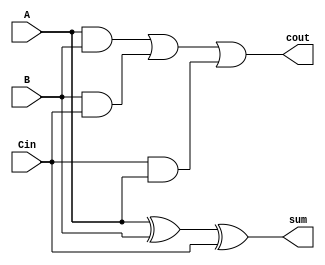
`timescale 1ns / 1ps
//////////////////////////////////////////////////////////////////////////////////
// Company: 
// Engineer: 
// 
// Design Name: 
// Module Name:    FADDER 
// Project Name: 
// Target Devices: 
// Tool versions: 
// Description: 
//
// Dependencies: 
//
// Revision: 
// Revision 0.01 - File Created
// Additional Comments: 
//
//////////////////////////////////////////////////////////////////////////////////
module FADDER(
    input A,B,Cin,
    output sum , cout
    );
	 /*wire n0, n1, n2;
	 and and0(n0, A, B);
	 and and1(n1, B, Cin);
	 and and2(n2, Cin, A);
	 
	 wire y0;
	 or or0(y0, n0, n1);
	 or or1(cout, y0, n2);
	 
	 xor X1(sum, A, B, Cin); */
	 
	assign sum=A^B^Cin;
	assign cout= (A&B)|(B&Cin)|(Cin&A);
endmodule